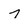
Character: 7